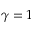
\gamma = 1